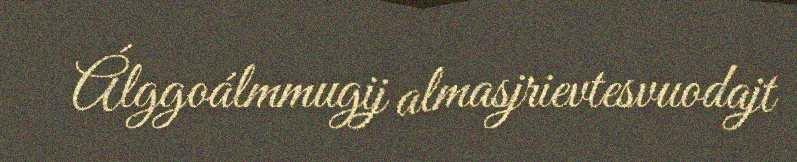
Álggoálmmugij almasjrievtesvuodajt